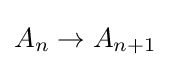
A_{n}\to A_{n+1}